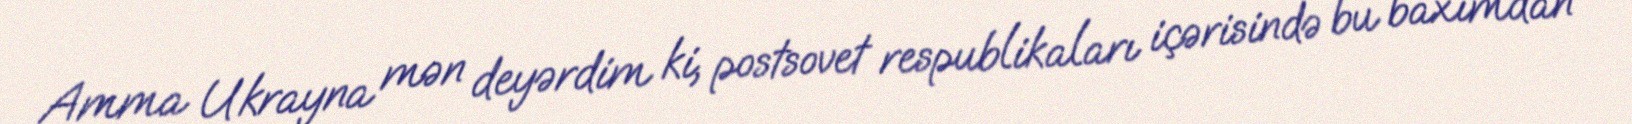
Amma Ukrayna mən deyərdim ki, postsovet respublikaları içərisində bu baxımdan